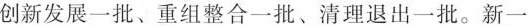
创新发展一批、重组整合一批、清理退出一批。新一